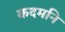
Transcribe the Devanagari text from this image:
कदमनि